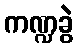
ကဏ္ဍခွဲ